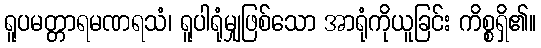
ရူပမတ္တာရမဏရသံ၊ ရူပါရုံမျှဖြစ်သော အာရုံကိုယူခြင်း ကိစ္စရှိ၏။